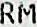
RM